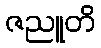
ဇညူတိ